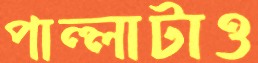
পাল্লাটাও